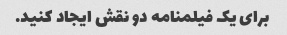
برای یک فیلمنامه دو نقش ایجاد کنید.